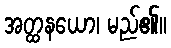
အတ္ထနယော၊ မည်၏။